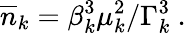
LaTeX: \overline{{n}}_{k}=\beta_{k}^{3}\mu_{k}^{2}/\Gamma_{k}^{3}\ .